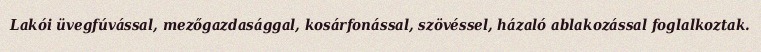
Lakói üvegfúvással, mezőgazdasággal, kosárfonással, szövéssel, házaló ablakozással foglalkoztak.